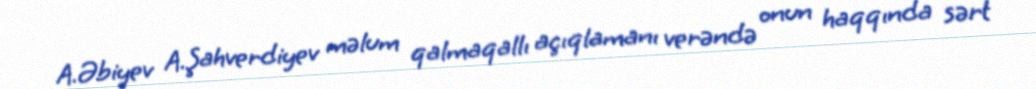
A.Əbiyev A.Şahverdiyev məlum qalmaqallı açıqlamanı verəndə onun haqqında sərt